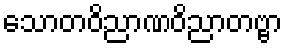
သောတဝိညာဏဝိညာတဗ္ဗာ